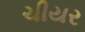
ચીયર